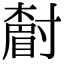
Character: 𡭌